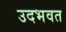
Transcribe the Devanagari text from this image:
उदभवत